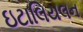
ઇટાલિયલન